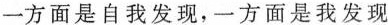
一方面是自我发现，一方面是我发现